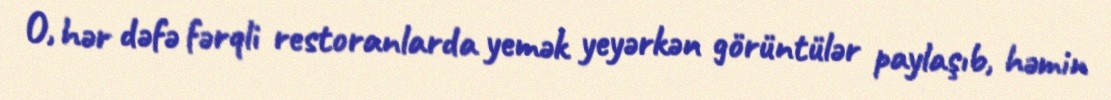
O, hər dəfə fərqli restoranlarda yemək yeyərkən görüntülər paylaşıb, həmin